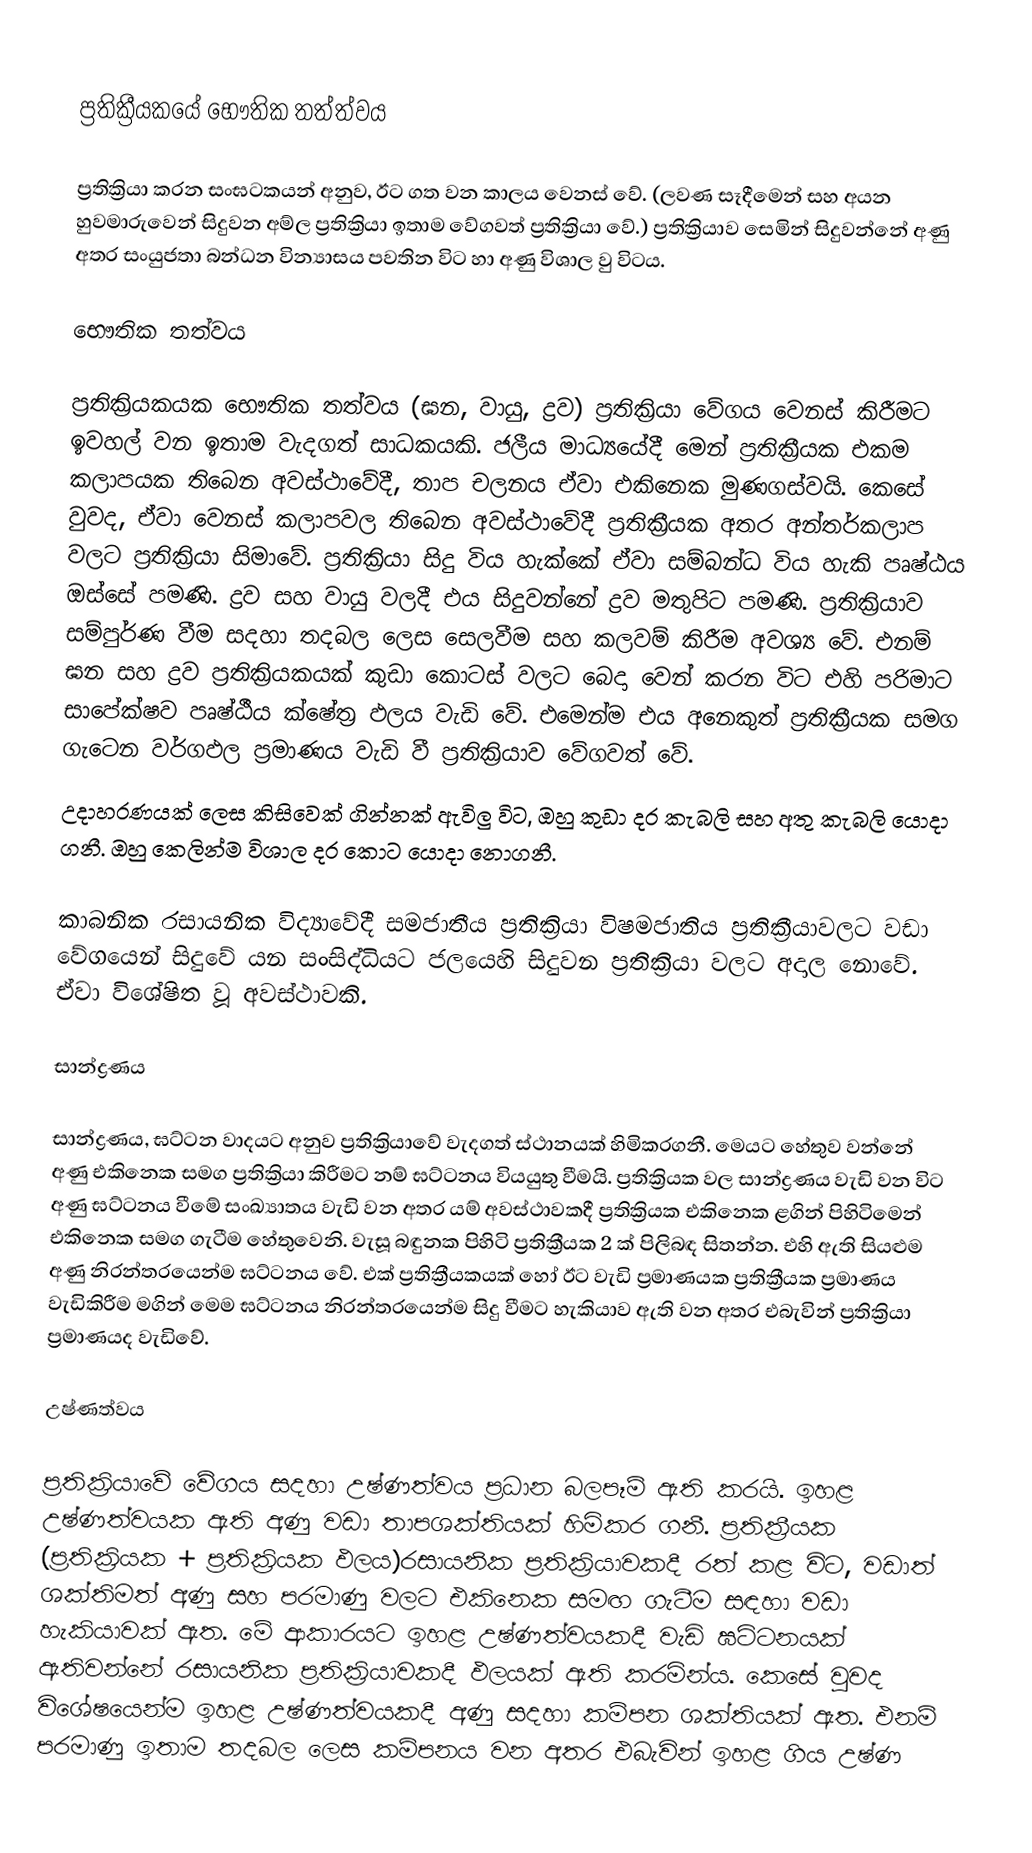

ප්‍රතික්‍රීයකයේ භෞතික තත්ත්වය

 ප්‍රතික්‍රියා කරන සංඝටකයන් අනුව, ඊට ගත වන කාලය වෙනස් වේ. (ලවණ සෑදීමෙන් සහ අයන හුවමාරුවෙන් සිදුවන අම්ල ප්‍රතික්‍රියා ඉතාම වේගවත් ප්‍රතික්‍රියා වේ.) ප්‍රතික්‍රියාව සෙමින් සිදුවන්නේ අණු අතර සංයුජතා බන්ධන වින්‍යාසය පවතින විට හා අණු විශාල වු විටය.

භෞතික තත්වය

ප්‍රතික්‍රියකයක භෞතික තත්වය (ඝන, වායු, ද්‍රව) ප්‍රතික්‍රියා වේගය වෙනස් කිරීමට ඉවහල් වන ඉතාම වැදගත් සාධකයකි. ජලීය මාධ්‍යයේදී මෙන් ප්‍රතික්‍රීයක එකම කලාපයක තිබෙන අවස්ථාවේදී, තාප චලනය ඒවා එකිනෙක මුණගස්වයි. කෙසේ වුවද, ඒවා වෙනස් කලාපවල තිබෙන අවස්ථාවේදී ප්‍රතික්‍රීයක අතර අන්තර්කලාප වලට  ප්‍රතික්‍රියා සිමාවේ. ප්‍රතික්‍රියා සිදු විය හැක්කේ ඒවා සම්බන්ධ විය හැකි පෘෂ්ඨය ඔස්සේ පමණි. ද්‍රව සහ වායු වලදී එය සිදුවන්නේ ද්‍රව මතුපිට පමණි. ප්‍රතික්‍රියාව සම්පුර්ණ වීම සදහා තදබල ලෙස සෙලවීම සහ කලවම් කිරීම අවශ්‍ය වේ. එනම් ඝන සහ ද්‍රව ප්‍රතික්‍රියකයක් කුඩා කොටස් වලට බෙදා වෙන් කරන    විට එහි පරිමාට සාපේක්ෂව පෘෂ්ඨීය ක්ෂේත්‍ර ඵලය වැඩි වේ. එමෙන්ම එය අනෙකුත් ප්‍රතික්‍රීයක සමග ගැටෙන වර්ගඵල ප්‍රමාණය වැඩි වී ප්‍රතික්‍රියාව වේගවත් වේ.
උදාහරණයක් ලෙස කිසිවෙක් ගින්නක් ඇවිලු විට, ඔහු කුඩා දර කැබලි සහ අතු කැබලි යොදා ගනී. ඔහු කෙලින්ම විශාල දර කොට යොදා නොගනී.

කාබනික රසායනික විද්‍යාවේදී සමජාතීය ප්‍රතික්‍රියා විෂමජාතිය ප්‍රතික්‍රීයාවලට වඩා වේගයෙන් සිදුවේ යන සංසිද්ධියට ජලයෙහි සිදුවන ප්‍රතික්‍රියා වලට අදාල නොවේ. ඒවා විශේෂිත වූ අවස්ථාවකි.

සාන්ද්‍රණය

සාන්ද්‍රණය, ඝට්ටන වාදයට‍ අනුව ප්‍රතික්‍රියාවේ වැදගත් ස්ථානයක් හිමිකරගනී. මෙයට හේතුව වන්නේ අණු එකිනෙක සමග ප්‍රතික්‍රියා කිරීමට නම් ඝට්ටනය වියයුතු වීමයි. ප්‍රතික්‍රියක වල සාන්ද්‍රණය වැඩි වන විට අණු ඝට්ටනය වීමේ සංඛ්‍යාතය වැඩි වන අතර යම් අවස්ථාවකදී ප්‍රතික්‍රියක එකිනෙක ළගින් පිහිටිමෙන් එකිනෙක සමග ගැටීම හේතුවෙනි. වැසූ බඳුනක පිහිටි ප්‍රතික්‍රීයක 2 ක් පිලිබඳ සිතන්න. එහි ඇති සියළුම අණු නිරන්තරයෙන්ම ඝට්ටනය වේ. එක් ප්‍රතික්‍රීයකයක් හෝ ඊට වැඩි ප්‍රමාණයක ප්‍රතික්‍රීයක ප්‍රමාණය වැඩිකිරීම මගින් මෙම ඝට්ටනය නිරන්තරයෙන්ම සිදු වීමට හැකියාව ඇති වන අතර එබැවින් ප්‍රතික්‍රියා ප්‍රමාණයද වැඩිවේ.

උෂ්ණත්වය

ප්‍රතික්‍රියාවේ වේගය සදහා උෂ්ණත්වය ප්‍රධාන බලපෑම් ඇති කරයි. ඉහළ උෂ්ණත්වයක ඇති අණු වඩා තාපශක්තියක් හිමිකර ගනී. ප්‍රතික්‍රීයක (ප්‍රතික්‍රියක + ප්‍රතික්‍රියක	ඵලය)රසායනික ප්‍රතික්‍රියාවකදී රත් කළ විට, වඩාත් ශක්තිමත් අණු සහ පරමාණු වලට එකිනෙක සමඟ ගැටීම සඳහා වඩා හැකියාවක් ඇත. මේ ආකාරයට ඉහළ උෂ්ණත්වයකදී වැඩි ඝට්ටනයක් ඇතිවන්නේ රසායනික ප්‍රතික්‍රියාවකදී ඵලයක් ඇති කරමින්ය. කෙසේ වුවද විශේෂයෙන්ම ඉහළ උෂ්ණත්වයකදී අණු සදහා කම්පන ශක්තියක් ඇත. එනම් පරමාණු ඉතාම තදබල ලෙස කම්පනය වන අතර එබැවින් ඉහළ ගිය උෂ්ණ